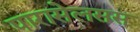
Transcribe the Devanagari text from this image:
पारासेलसस